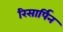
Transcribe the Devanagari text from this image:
रिसार्पिन